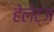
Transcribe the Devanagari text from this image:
हेलेट्ज़